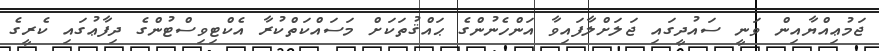
ޖަމުޢިއްޔާއިން ވަނީ ސައުދީގައި ޖަލަށްލާފައިވާ އަންހެނުންގެ ޙައްޤުތަކަށް މަސައްކަތްކުރާ އެކްޓިވިސްޓުންގެ ދިފާޢުގައި ކެރީގެ